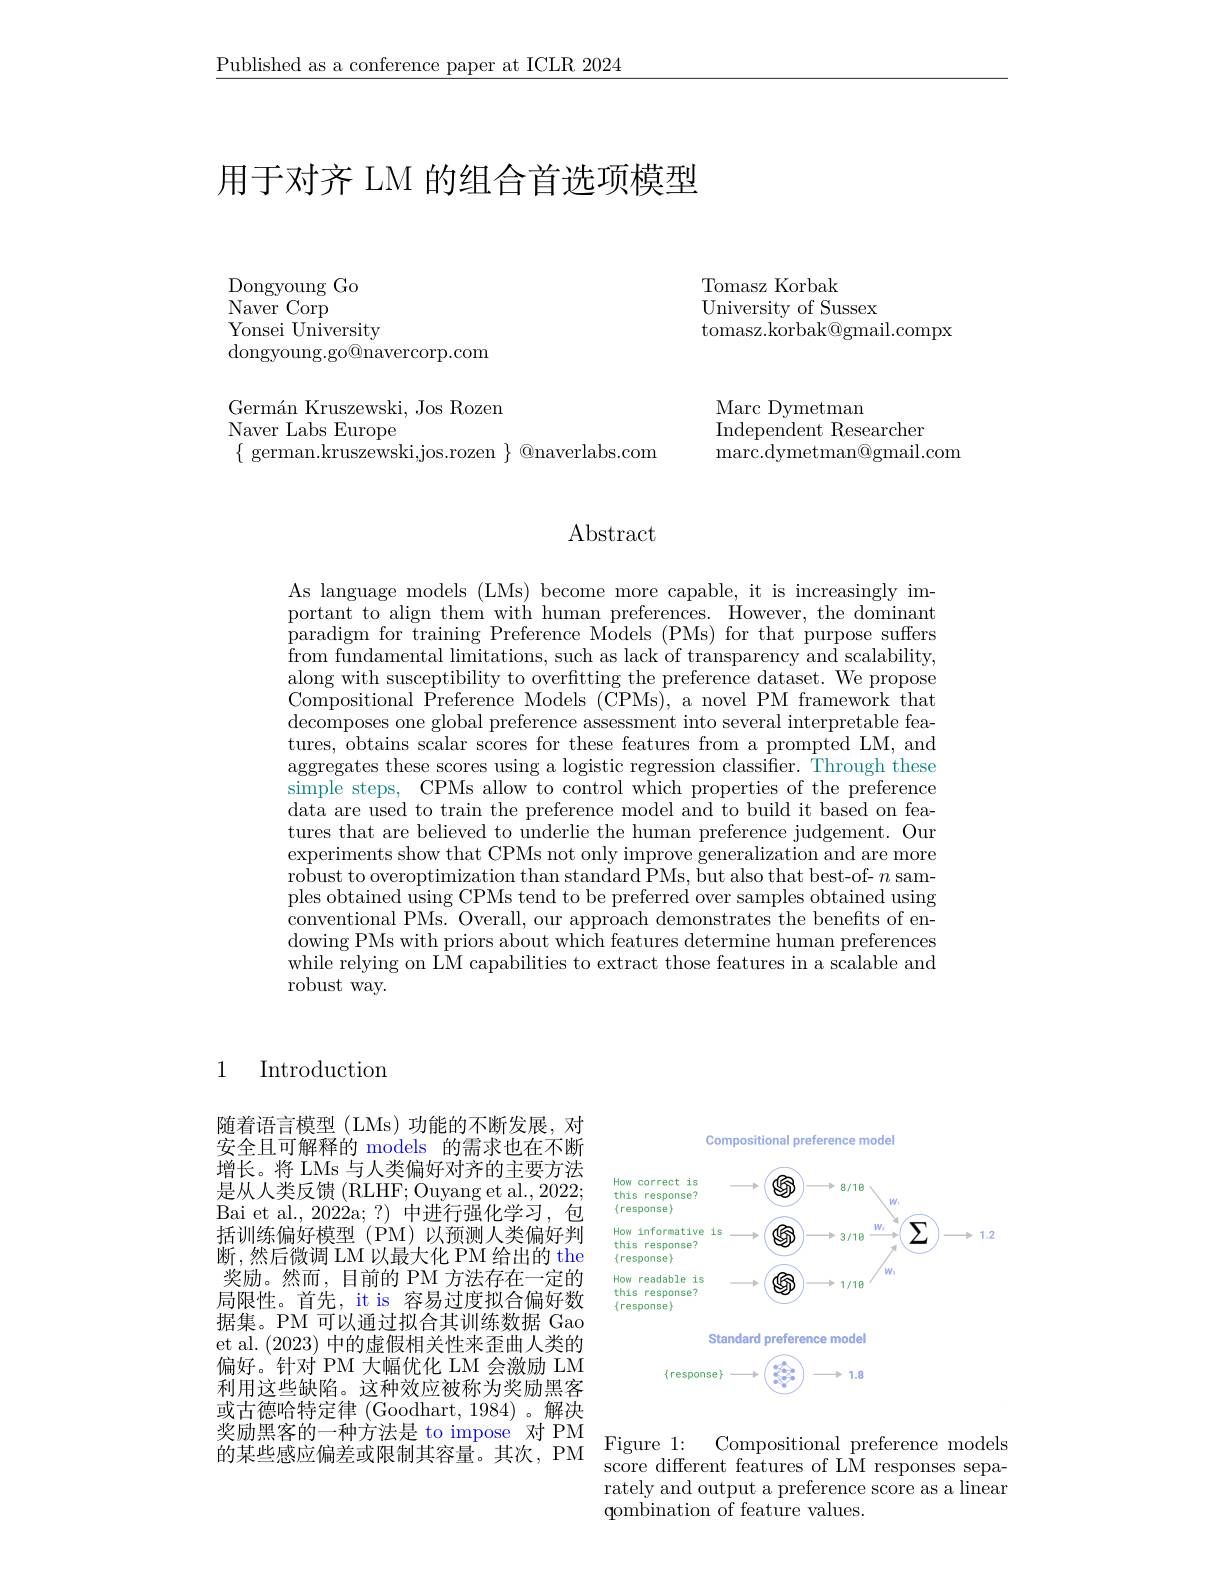
$\underline{\text{Published as a conference paper at ICLR 2024}}$

# 用于对齐 LM 的组合首选项模型

Dongyoung Go
$\mathop{\mathrm{Naver~Corp}}$
Yonsei University
dongyoung.go@navercorp.com

Germán Kruszewski, Jos Rozen
Naver Labs Europe
$\{$ german.kruszewski,jos.ro

Tomasz Korbak
University of Sussex
tomasz.korbak@gmail.compx

Marc Dymetman
Independent Researcher
marc.dymetman@gmail.com

# Abstract

As language models (LMs) bec portant to align them with human preferences. However, the dominant paradigm for training Preference Models (PMs) for that purpose suffers from fundamental limitations, such as lack of transparency and scalability, along with susceptibility to Compositional Preference Mod decomposes one global prefer tures, obtains scalar scores aggregates these scores using a logistic regression classifier. Through these simple steps, CPMs allow to control which properties of the preference data are used to train the p tures that are believed to underlie the human preference judgement. Our experiments show that CPMs n robust to overoptimization than standard PMs, but also that best-of- $n$ samples obtained using CPMs ten conventional PMs. Overall, our approach demonstrates the benefits of endowing PMs with priors about while relying on LM capabilities to extract those features in a scalable and robust way.

1 Introduction

随着语言模型(LMs)功能的不断发展，对安全且可解释的 models 的需求也在不断增长。将 LMs 与人类偏好对齐的主要方法是从人类反馈 (RLHF; Ouyang et al., 2022; Bai et al., 2022a; ?) 中进行强化学习，包括训练偏好模型(PM)以预测人类偏好判断，然后微调 LM 以最大化 PM 给出的 the 奖励。然而，目前的 PM 方法存在一定的局限性。首先，it is 容易过度拟合偏好数据集。PM 可以通过拟合其训练数据 Gao et al. (2023)中的虚假相关性来歪曲人类的偏好。针对 PM 大幅优化 LM 会激励 LM 利用这些缺陷。这种效应被称为奖励黑客或古德哈特定律(Goodhart,1984)。解决奖励黑客的一种方法是 to impose 对 PM 的某些感应偏差或限制其容量。其次，PM Flgure I: Conposilonal prelerence modes score different features of LM responses sepa-

Compositional preference model

<FigureHere>

Standard preference model

$\{$response$\}$

$\begin{cases}x_{1}=\frac{1}{2}\\y_{2}=\frac{1}{2}\end{cases}$

1.8

Figure 1:
Compositional preference models
rately and output a preference score as a linear
${\mathrm{qombination~of~feature~values.}}$